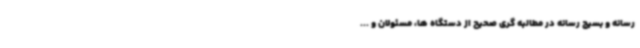
رسانه و بسیج رسانه در مطالبه گری صحیح از دستگاه ها، مسئولان و ...